Lunatic asylums Punjab 1881-1894 - 1881-1894
Year: 1881
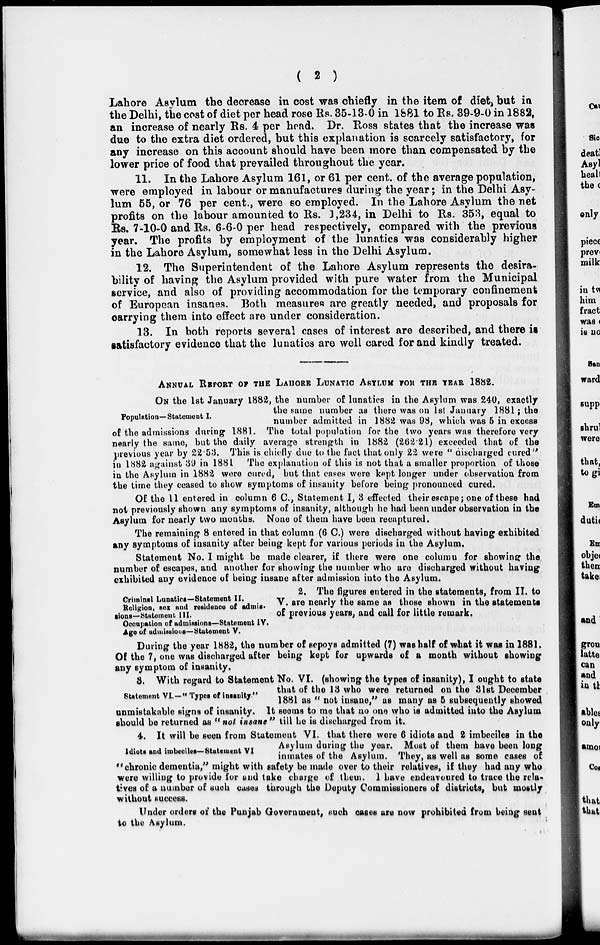
( 2 )
Lahore Asylum the decrease in cost was chiefly in the item of diet, but in
the Delhi, the cost of diet per head rose Rs. 35-13-0 in 1881 to Rs. 39-9-0 in 1882,
an increase of nearly Rs. 4 per head. Dr. Ross states that the increase was
due to the extra diet ordered, but this explanation is scarcely satisfactory, for
any increase on this account should have been more than compensated by the
lower price of food that prevailed throughout the year.
11. In the Lahore Asylum 161, or 61 per cent. of the average population,
were employed in labour or manufactures during the year ; in the Delhi Asy-
lum 55, or 76 per cent., were so employed. In the Lahore Asylum the net
profits on the labour amounted to Rs. 1,234, in Delhi to Rs. 353, equal to
Rs. 7-10-0 and Rs. 6-6-0 per head respectively, compared with the previous
year. The profits by employment of the lunatics was considerably higher
in the Lahore Asylum, somewhat less in the Delhi Asylum.
12. The Superintendent of the Lahore Asylum represents the desira-
bility of having the Asylum provided with pure water from the Municipal
service, and also of providing accommodation for the temporary confinement
of European insanes. Both measures are greatly needed, and proposals for
carrying them into effect are under consideration.
13. In both reports several cases of interest are described, and there is
satisfactory evidence that the lunatics are well cared for and kindly treated.
ANNUAL REPORT OF THE LAHORE LUNATIC ASYLUM FOR THE YEAR 1882.
Population—Statement I.
ON the 1st January 1882, the number of lunatics in the Asylum was 240, exactly
the same number as there was on 1st January 1881; the
number admitted in 1882 was 98, which was 5 in excess
of the admissions during 1881. The total population for the two years was therefore very
nearly the same, but the daily average strength in 1882 (262.21) exceeded that of the
previous year by 22.53. This is chiefly due to the fact that only 22 were " discharged cured"
in 1882 against 39 in 1881. The explanation of this is not that a smaller proportion of those
in the Asylum in 1882 were cured, but that capes were kept longer under observation from
the time they ceased to show symptoms of insanity before being pronounced cured.
Of the 11 entered in column 6 C., Statement I, 8 effected their escape; one of these had
not previously shown any symptoms of insanity, although he had been under observation in the
Asylum for nearly two months. None of them have been recaptured.
The remaining 8 entered in that column (6 C.) were discharged without having exhibited
any symptoms of insanity after being kept for various periods in the Asylum.
Statement No. I might be made clearer, if there were one column for showing the
number of escapes, and another for showing the number who are discharged without having
exhibited any evidence of being insane after admission into the Asylum.
Criminal Lunatics—Statement II.
Religion, sex and residence of admis-
sions—Statement III.
Occupation of admissions—Statement IV.
Age of admissions—Statement V.
2. The figures entered in the statements, from II. to
V. are nearly the same as those shown in the statements
of previous years, and call for little remark.
During the year 1882, the number of sepoys admitted (7) was half of what it was in 1881.
Of the 7, one was discharged after being kept for upwards of a month without showing
any symptom of insanity.
Statement VI.-" Types of insanity."
3. With regard to Statement No. VI. (showing the types of insanity), I ought to state
that of the 13 who were returned on the 31st December
1881 as " not insane," as many as 5 subsequently showed
unmistakable signs of insanity. It seems to me that no one who is admitted into the Asylum
should be returned as " not insane " till he is discharged from it.
Idiots and imbeciles—Statement VI
4. It will be seen from Statement VI. that there were 6 idiots and 2 imbeciles in the
Asylum during the year. Most of them have been long
inmates of the Asylum. They, as well as some cases of
"chronic dementia," might with safety be made over to their relatives, if they had any who
were willing to provide for and take charge of them. I have endeavoured to trace the rela-
tives of a number of such cases through the Deputy Commissioners of districts, but mostly
without success.
Under orders of the Punjab Government, such cases are now prohibited from being sent
to the Asylum.